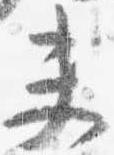
夫